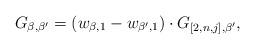
LaTeX: \begin{align*} G_{\beta,\beta'}=(w_{\beta,1}-w_{\beta',1})\cdot G_{[2,n,j],\beta'},\end{align*}